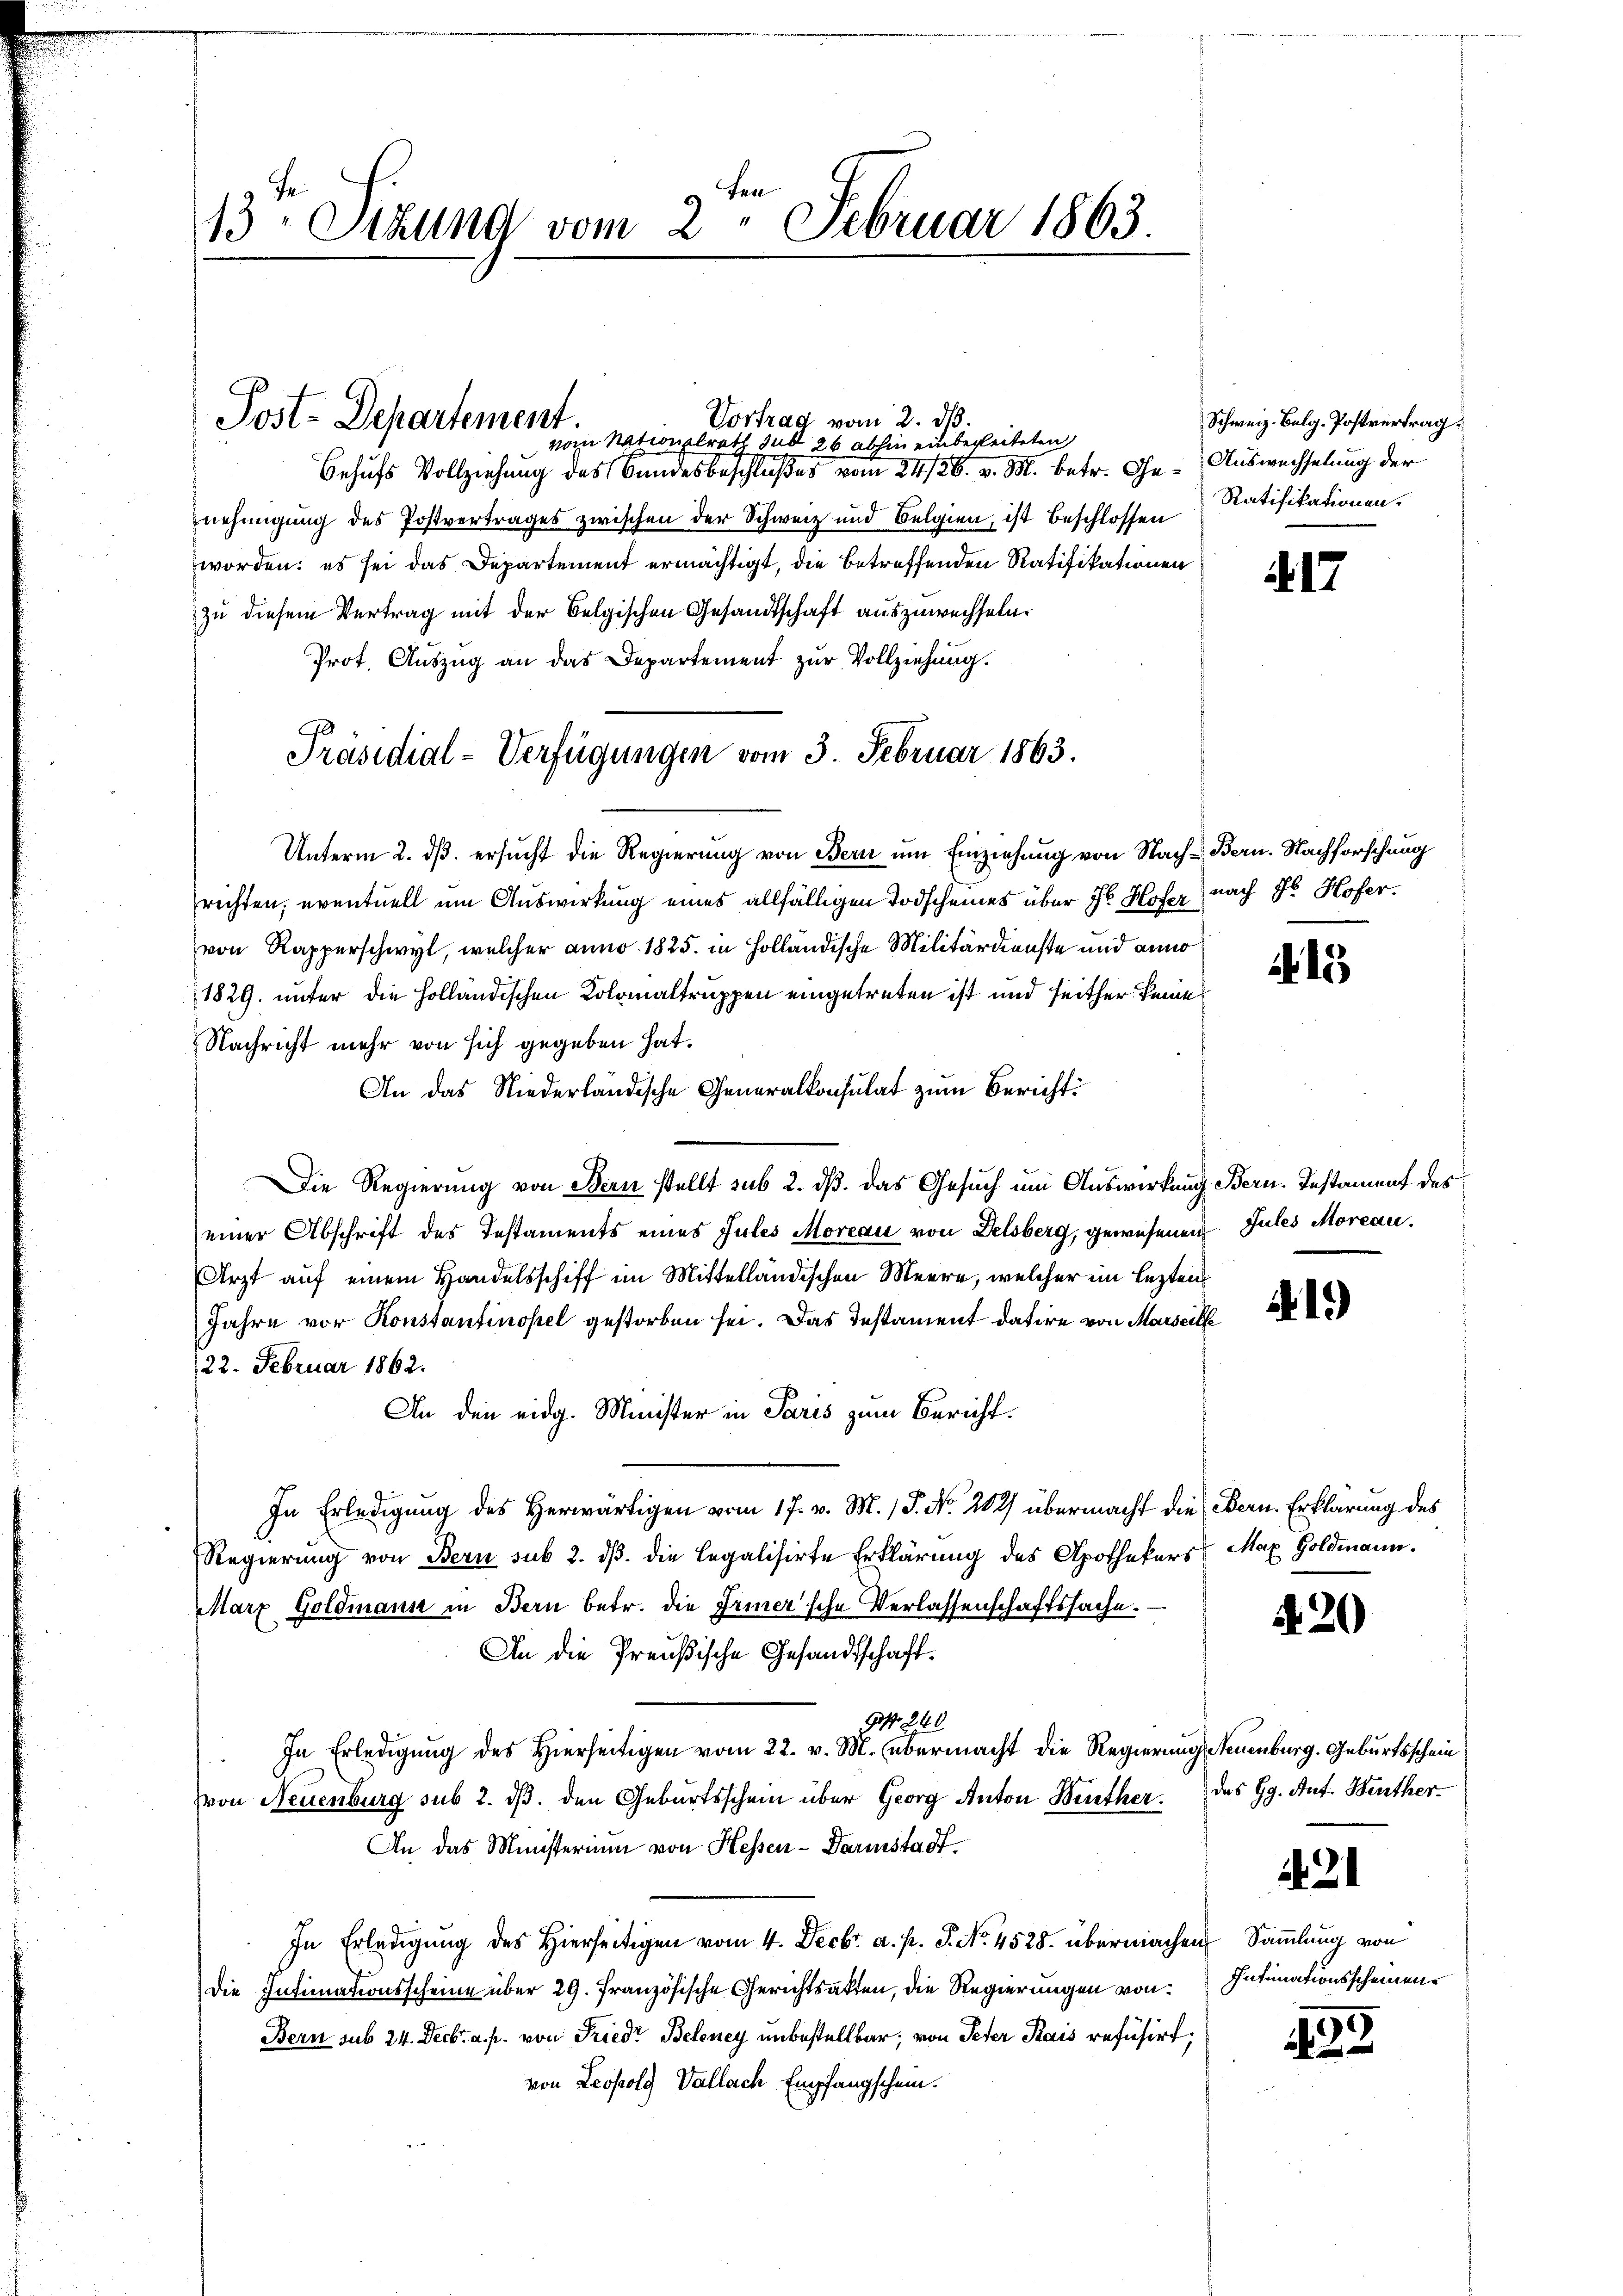
13 Stzung vom 2. Februar 1863

Vortrag vom 2. ds.
Post-Departement.
vom Nationalrath sub 26 abhin einbegleiteten

Behufs Vollziehung des Bundesbeschlußes vom 24/26. v. M. betr. Ge- Auswechselung der
nehmigung des Postvertrages zwischen der Schweiz und Belgien, ist beschlossen
worden; es sei das Departement ermächtigt, die betreffenden Ratifikationen
zu diesem Vertrag mit der Belgischen Gesandtschaft auszuwechseln.
Prot. Aŭszŭg an das Departement zŭr Vollziehung.
Unterm 2. ds. ersucht die Regierung von Bern um Einziehung von Nach- Bern. Nachforschung
richten, eventuell um Auswirkung eines allfälligen Todscheines über Hr. Hofer nach Hr. Hofer.
von Rapperschwyl, welcher anno. 1825. in Holländische Militärdienste und anno
1829. unter die Holländischen Kolomaltruppen eingetreten ist und seither keine
Nachricht mehr von sich gegeben hat.
An das Niederländische Generalkonsulat zum Bericht
Die Regierung von Bern stellt sub 2. dβ das Gesuch um Auswirkung Bern. Instament des
einer Abschrift des Testaments eines Jules Moreau von Delsberg, gewesenen Jules Morcau.
Arzt auf einem Handelsschiff im Mittelländischen Meere, welcher im lezten
Jahre vor Konstantinopel gestorben sei. Das Instament datire von Marseille
22. Februar 1862.
An den eidg. Minister in Paris zum Bericht.
In Erledigung des Herwärtigen vom 17. v. M. P. Nr. 202) übermacht die Bern. Erklärung des
Regierung von Bern sub 2. dß. die legalisirte Erklärung des Apothekers Max Goldmann.
Marz Goldmann in Bern betr. die Eriner'sche Verlassenschaftssache.
An die Preußische Gesandtschaft¬
 240.
In Erledigŭng des hierseitigen vom 22. v. M. übermacht die Regierung Neuenburg. Geburtsschein
von Neuenburg sub 2. dβ. den Geburtsschein über Georg Anton Benther des Gg. Ant. Heuther-
An das Ministerium von Hessen - Darmstadt¬
In Erlangung des Hierseitigen vom 4. Decbr. a. p. P. No. 4528. übermachen
Die Intimationsscheine über 29. Französische Gerichtsakten, die Regierungen von
Bern sub 24. Decbr. a. p. von Friedr Beleney unbestellbar, von Peter Kais refüsirt,
von Leopold Vallach Empfangschein.

Präsidial-Verfügungen vom 3. Februar 1863.

Schweiz. Bulg. Postvertrag.
Ratifikationen.

17

15

.1)

20

1421

Sammlung von
Intimationsscheinen

9
82